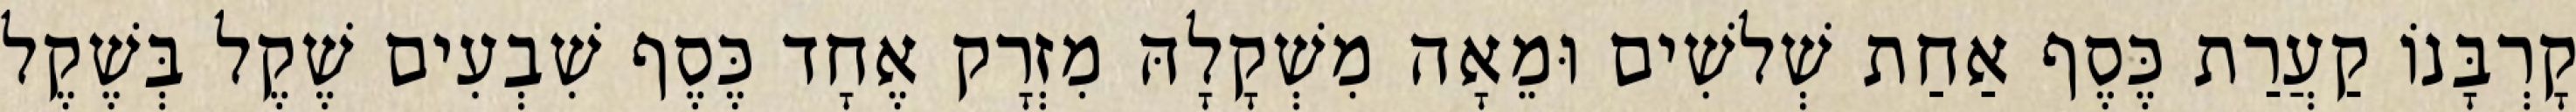
קָרְבָּנוֹ קַעֲרַת כֶּסֶף אַחַת שְׁלשִׁים וּמֵאָה מִשְׁקָלָהּ מִזְרָק אֶחָד כֶּסֶף שִׁבְעִים שֶׁקֶל בְּשֶׁקֶל